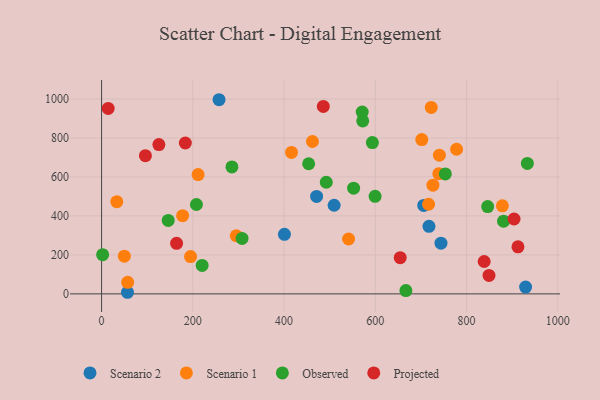
{"axis": {"x": "Engine Size", "y": "Rating"}, "legend": ["Observed", "Projected", "Scenario 1", "Scenario 2"], "data": [{"x": "929.4", "y": 34.7, "type": "Scenario 2"}, {"x": "56.8", "y": 8.2, "type": "Scenario 2"}, {"x": "509.7", "y": 454.6, "type": "Scenario 2"}, {"x": "717.6", "y": 346.7, "type": "Scenario 2"}, {"x": "743.9", "y": 260.2, "type": "Scenario 2"}, {"x": "257.5", "y": 996.0, "type": "Scenario 2"}, {"x": "706.1", "y": 453.8, "type": "Scenario 2"}, {"x": "471.3", "y": 499.8, "type": "Scenario 2"}, {"x": "400.8", "y": 305.5, "type": "Scenario 2"}, {"x": "716.7", "y": 459.9, "type": "Scenario 1"}, {"x": "722.6", "y": 956.5, "type": "Scenario 1"}, {"x": "295.1", "y": 298.2, "type": "Scenario 1"}, {"x": "778.2", "y": 741.9, "type": "Scenario 1"}, {"x": "878.5", "y": 451.6, "type": "Scenario 1"}, {"x": "416.3", "y": 725.5, "type": "Scenario 1"}, {"x": "701.9", "y": 791.6, "type": "Scenario 1"}, {"x": "739.2", "y": 616.7, "type": "Scenario 1"}, {"x": "33.4", "y": 473.1, "type": "Scenario 1"}, {"x": "541.4", "y": 281.6, "type": "Scenario 1"}, {"x": "726.3", "y": 557.6, "type": "Scenario 1"}, {"x": "462.2", "y": 781.8, "type": "Scenario 1"}, {"x": "740.5", "y": 711.5, "type": "Scenario 1"}, {"x": "49.9", "y": 193.3, "type": "Scenario 1"}, {"x": "195.0", "y": 191.4, "type": "Scenario 1"}, {"x": "57.2", "y": 59.5, "type": "Scenario 1"}, {"x": "211.6", "y": 612.1, "type": "Scenario 1"}, {"x": "177.6", "y": 401.4, "type": "Scenario 1"}, {"x": "667.0", "y": 17.0, "type": "Observed"}, {"x": "2.3", "y": 201.1, "type": "Observed"}, {"x": "146.1", "y": 376.7, "type": "Observed"}, {"x": "753.5", "y": 615.6, "type": "Observed"}, {"x": "285.7", "y": 651.4, "type": "Observed"}, {"x": "207.9", "y": 458.6, "type": "Observed"}, {"x": "933.3", "y": 669.4, "type": "Observed"}, {"x": "492.5", "y": 572.6, "type": "Observed"}, {"x": "307.9", "y": 284.3, "type": "Observed"}, {"x": "846.3", "y": 447.7, "type": "Observed"}, {"x": "552.4", "y": 542.2, "type": "Observed"}, {"x": "220.4", "y": 146.0, "type": "Observed"}, {"x": "593.6", "y": 776.2, "type": "Observed"}, {"x": "453.9", "y": 667.5, "type": "Observed"}, {"x": "571.3", "y": 932.4, "type": "Observed"}, {"x": "881.1", "y": 373.1, "type": "Observed"}, {"x": "572.4", "y": 887.3, "type": "Observed"}, {"x": "599.5", "y": 500.3, "type": "Observed"}, {"x": "14.5", "y": 951.5, "type": "Projected"}, {"x": "183.6", "y": 774.1, "type": "Projected"}, {"x": "904.1", "y": 384.2, "type": "Projected"}, {"x": "838.6", "y": 166.0, "type": "Projected"}, {"x": "849.2", "y": 94.7, "type": "Projected"}, {"x": "164.4", "y": 259.1, "type": "Projected"}, {"x": "912.7", "y": 241.2, "type": "Projected"}, {"x": "96.1", "y": 709.2, "type": "Projected"}, {"x": "654.6", "y": 185.8, "type": "Projected"}, {"x": "486.0", "y": 961.5, "type": "Projected"}, {"x": "125.6", "y": 766.1, "type": "Projected"}]}